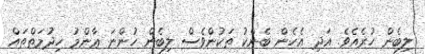
ލިބެން ހުރެއެވެ. އަދި އެހެން ބެންކު ތަކުންވެސް ލިބެން ހުންނަ ޢާންމު ޚިދުމަތްތައް